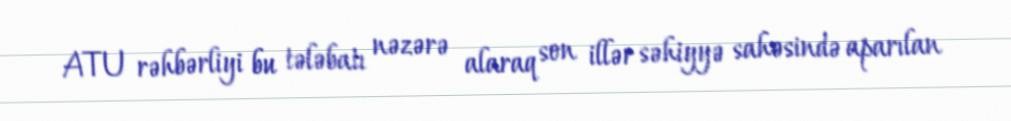
ATU rəhbərliyi bu tələbatı nəzərə alaraq son illər səhiyyə sahəsində aparılan